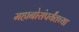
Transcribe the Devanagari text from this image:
महानोरांपर्यंतच्या